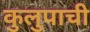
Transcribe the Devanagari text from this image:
कुलुपाची